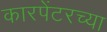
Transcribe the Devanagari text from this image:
कारपेंटरच्या